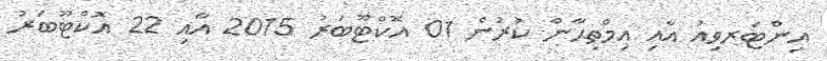
އިންޓަރވިއު އާއި އިމްތިޙާން ކުރުން 01 އޮކްޓޫބަރު 2015 އާއި 22 އޮކްޓޫބަރު